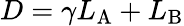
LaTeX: {D}=\gamma{L}_{\mathrm{{{A}}}}+{L}_{\mathrm{{{B}}}}